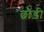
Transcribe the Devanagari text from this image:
छौड़ी